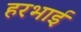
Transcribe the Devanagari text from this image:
हरभाई